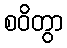
စဝိတွာ